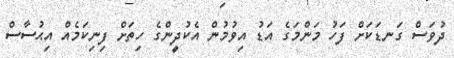
ދުވަސް ގަނޑަކަށް ފަހު މަންމަގެ އަޑު އިވުމުން އެކުދީންގެ ހިތަށް ފިނިކަމެއް އިޙުސާސް